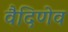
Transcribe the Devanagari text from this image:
वैदिणेव